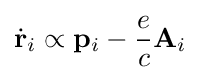
{\dot {\mathbf {r} }}_{i}\propto \mathbf {p} _{i}-{\frac {e}{c}}\mathbf {A} _{i}